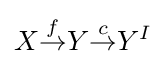
X{\overset {f}{\to }}Y{\overset {c}{\to }}Y^{I}